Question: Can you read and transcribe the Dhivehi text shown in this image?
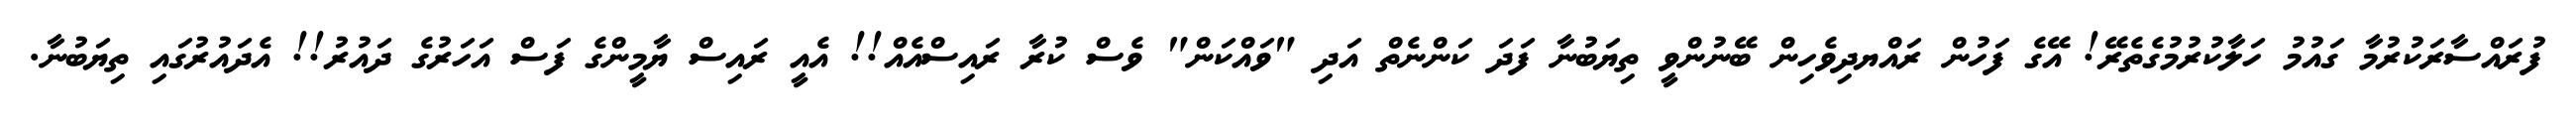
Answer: ފުރައްސާރަކުރުމާ ގައުމު ހަލާކުރުމުގެތެރޭ! އޭގެ ފަހުން ރައްޔދިވެހިން ބޭނުންވީ ތިޔަބުނާ ފަދަ ކަންނެތް އަދި "ވައްކަން" ވެސް ކުރާ ރައިސްއެއް!! އެއީ ރައިސް ޔާމީންގެ ފަސް އަހަރުގެ ދައުރު!! އެދައުރުގައި ތިޔަބުނާ.